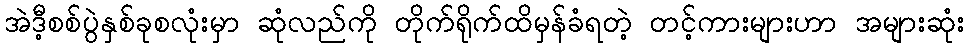
အဲဒီ့စစ်ပွဲနှစ်ခုစလုံးမှာ ဆုံလည်ကို တိုက်ရိုက်ထိမှန်ခံရတဲ့ တင့်ကားများဟာ အများဆုံး